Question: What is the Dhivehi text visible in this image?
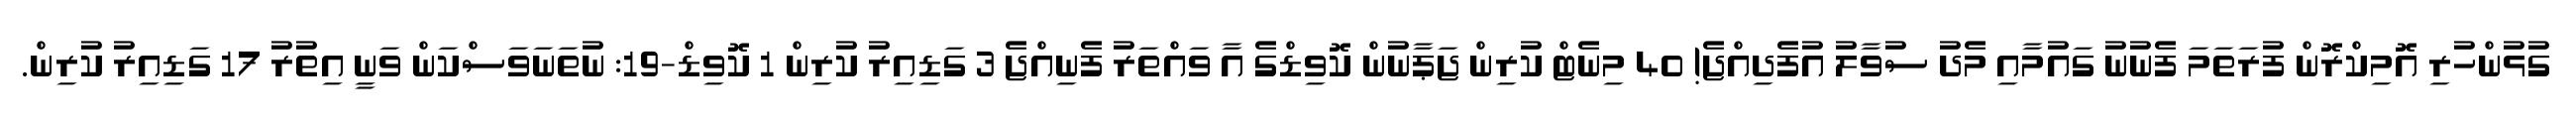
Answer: ގުޅުންހުރި އޮމިކްރޮން ފުރަތަމަ ފެނުނު ގައުމާއި މެދު ސުވާލު އުފެދިއްޖެ! 40 މިނެޓް ކުރިން ޖަޕާނުން ކޮވިޑްގެ އާ ވައްތަރު ފެނިއްޖެ 3 ގަޑިއިރު ކުރިން 1 ކޮވިޑް-19: ނުތަނަވަސްކަން ވަނީ އިތުރު 17 ގަޑިއިރު ކުރިން.